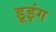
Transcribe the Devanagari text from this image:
डूइंग